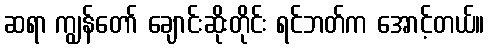
ဆရာ ကျွန်တော် ချောင်းဆိုးတိုင်း ရင်ဘတ်က အောင့်တယ်။